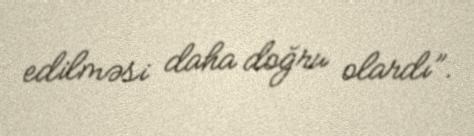
edilməsi daha doğru olardı”.